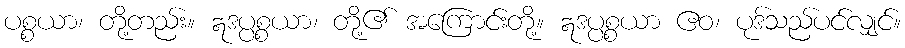
ပစ္စယာ၊ တို့တည်း။ ဣဒပ္ပစ္စယာ၊ တို့၏ အကြောင်းတို့။ ဣဒပ္ပစ္စယာ ဧဝ၊ ပုဒ်သည်ပင်လျှင်။